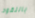
بالنقود